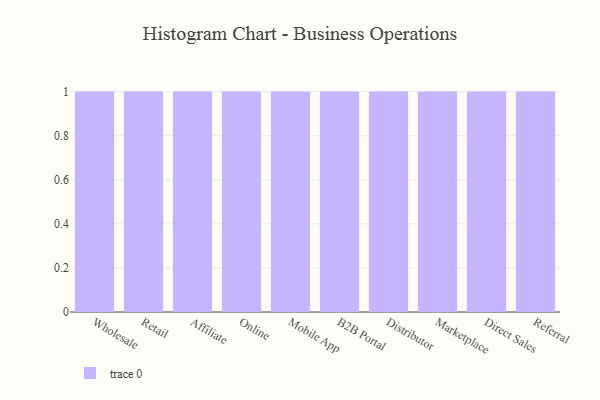
{"axis": {"x": "Channel", "y": "Revenue (USD Million)"}, "legend": [""], "data": [{"x": "Wholesale", "y": 18, "type": ""}, {"x": "Retail", "y": 51, "type": ""}, {"x": "Affiliate", "y": 54, "type": ""}, {"x": "Online", "y": 21, "type": ""}, {"x": "Mobile App", "y": 45, "type": ""}, {"x": "B2B Portal", "y": 31, "type": ""}, {"x": "Distributor", "y": 59, "type": ""}, {"x": "Marketplace", "y": 100, "type": ""}, {"x": "Direct Sales", "y": 21, "type": ""}, {"x": "Referral", "y": 35, "type": ""}]}